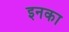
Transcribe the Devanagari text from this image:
इनका